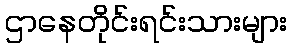
ဌာနေတိုင်းရင်းသားများ